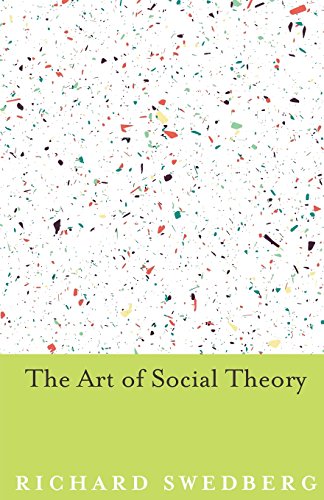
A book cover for The Art of Social Theory; Richard Swedberg; Politics & Social Sciences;